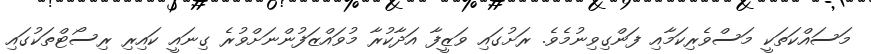
މަސައްކަތަކީ މަސްވެރިކަމާއި ފަންގިވިނުމެވެ. ރަށުގައި ވަޒީފާ އަދާކުރާ މުވައްޒަފުންނަށްވުރެ ގިނައީ ކައިރި ރިސޯޓްތަކުގައި